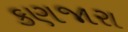
કણજારા